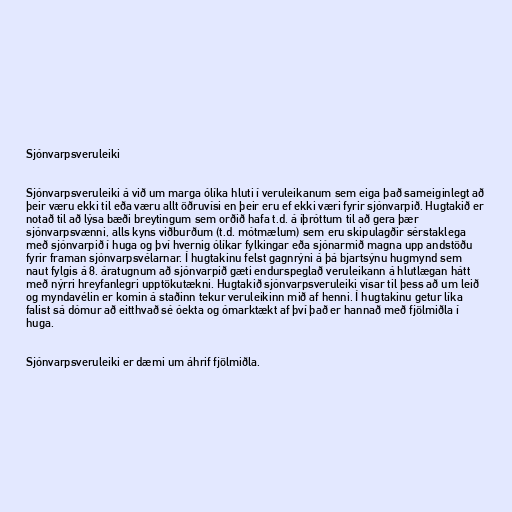
Sjónvarpsveruleiki

Sjónvarpsveruleiki á við um marga ólíka hluti í veruleikanum sem eiga það sameiginlegt að
þeir væru ekki til eða væru allt öðruvísi en þeir eru ef ekki væri fyrir sjónvarpið. Hugtakið er
notað til að lýsa bæði breytingum sem orðið hafa t.d. á íþróttum til að gera þær
sjónvarpsvænni, alls kyns viðburðum (t.d. mótmælum) sem eru skipulagðir sérstaklega
með sjónvarpið í huga og því hvernig ólíkar fylkingar eða sjónarmið magna upp andstöðu
fyrir framan sjónvarpsvélarnar. Í hugtakinu felst gagnrýni á þá bjartsýnu hugmynd sem
naut fylgis á 8. áratugnum að sjónvarpið gæti endurspeglað veruleikann á hlutlægan hátt
með nýrri hreyfanlegri upptökutækni. Hugtakið sjónvarpsveruleiki vísar til þess að um leið
og myndavélin er komin á staðinn tekur veruleikinn mið af henni. Í hugtakinu getur líka
falist sá dómur að eitthvað sé óekta og ómarktækt af því það er hannað með fjölmiðla í
huga.

Sjónvarpsveruleiki er dæmi um áhrif fjölmiðla.